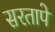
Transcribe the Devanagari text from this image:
सरतापे